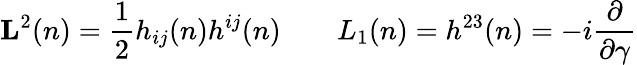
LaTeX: {\mathbf L}^{2}(n)={\frac{1}{2}}h_{ij}(n)h^{ij}(n)\qquad L_{1}(n)=h^{23}(n)=-i{\frac{\partial}{\partial\gamma}}